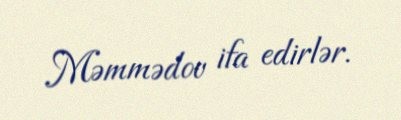
Məmmədov ifa edirlər.